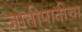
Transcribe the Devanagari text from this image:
जातीपातीचा